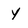
Character: Y